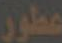
عطور